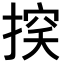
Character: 𢰃